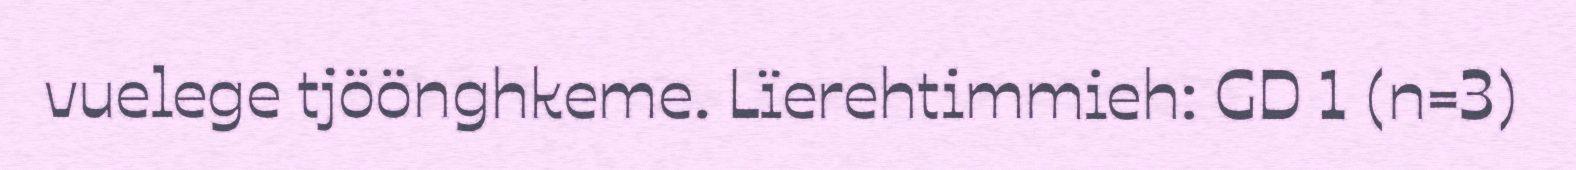
vuelege tjöönghkeme. Lïerehtimmieh: GD 1 (n=3)